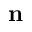
\mathbf { n }